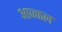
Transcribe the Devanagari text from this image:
आज्कल